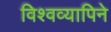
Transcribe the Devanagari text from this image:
विश्वव्यापिने